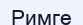
Римге